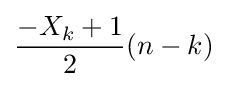
{\frac {-X_{k}+1}{2}}(n-k)